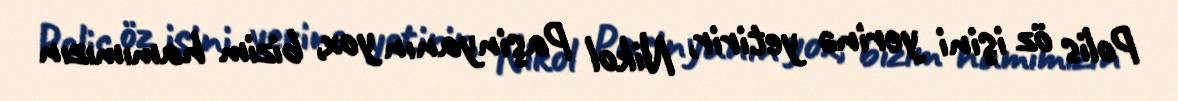
Polis öz işini yerinə yetirir, Nikol Paşinyanın yox, bizim hamımızın